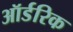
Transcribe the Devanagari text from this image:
ऑर्डरिक